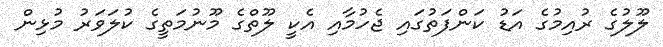
ލޫލުގެ ރުއިމުގެ އަޑު ކަންފަތުގައި ޖެހުމާއި އެކީ ލޫތްގެ މޫނުމަތީގެ ކުލަވަރު މުޅިން